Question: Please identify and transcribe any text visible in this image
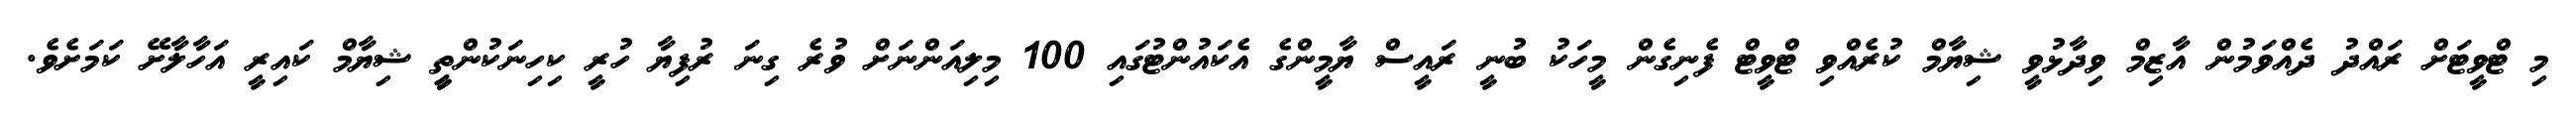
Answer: މި ޓްވީޓަށް ރައްދު ދެއްވަމުން އާޒިމް ވިދާޅުވީ ޝިޔާމް ކުރެއްވި ޓްވީޓް ފެނިގެން މީހަކު ބުނީ ރައީސް ޔާމީންގެ އެކައުންޓުގައި 100 މިލިއަންނަށް ވުރެ ގިނަ ރުފިޔާ ހުރީ ކިހިނަކުންތީީ ޝިޔާމް ކައިރީ އަހާލާށޭ ކަމަށެވެ.